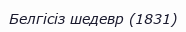
Белгісіз шедевр (1831)